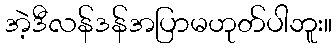
အဲ့ဒီလန်ဒန်အပြာမဟုတ်ပါဘူး။